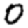
Digit: 0